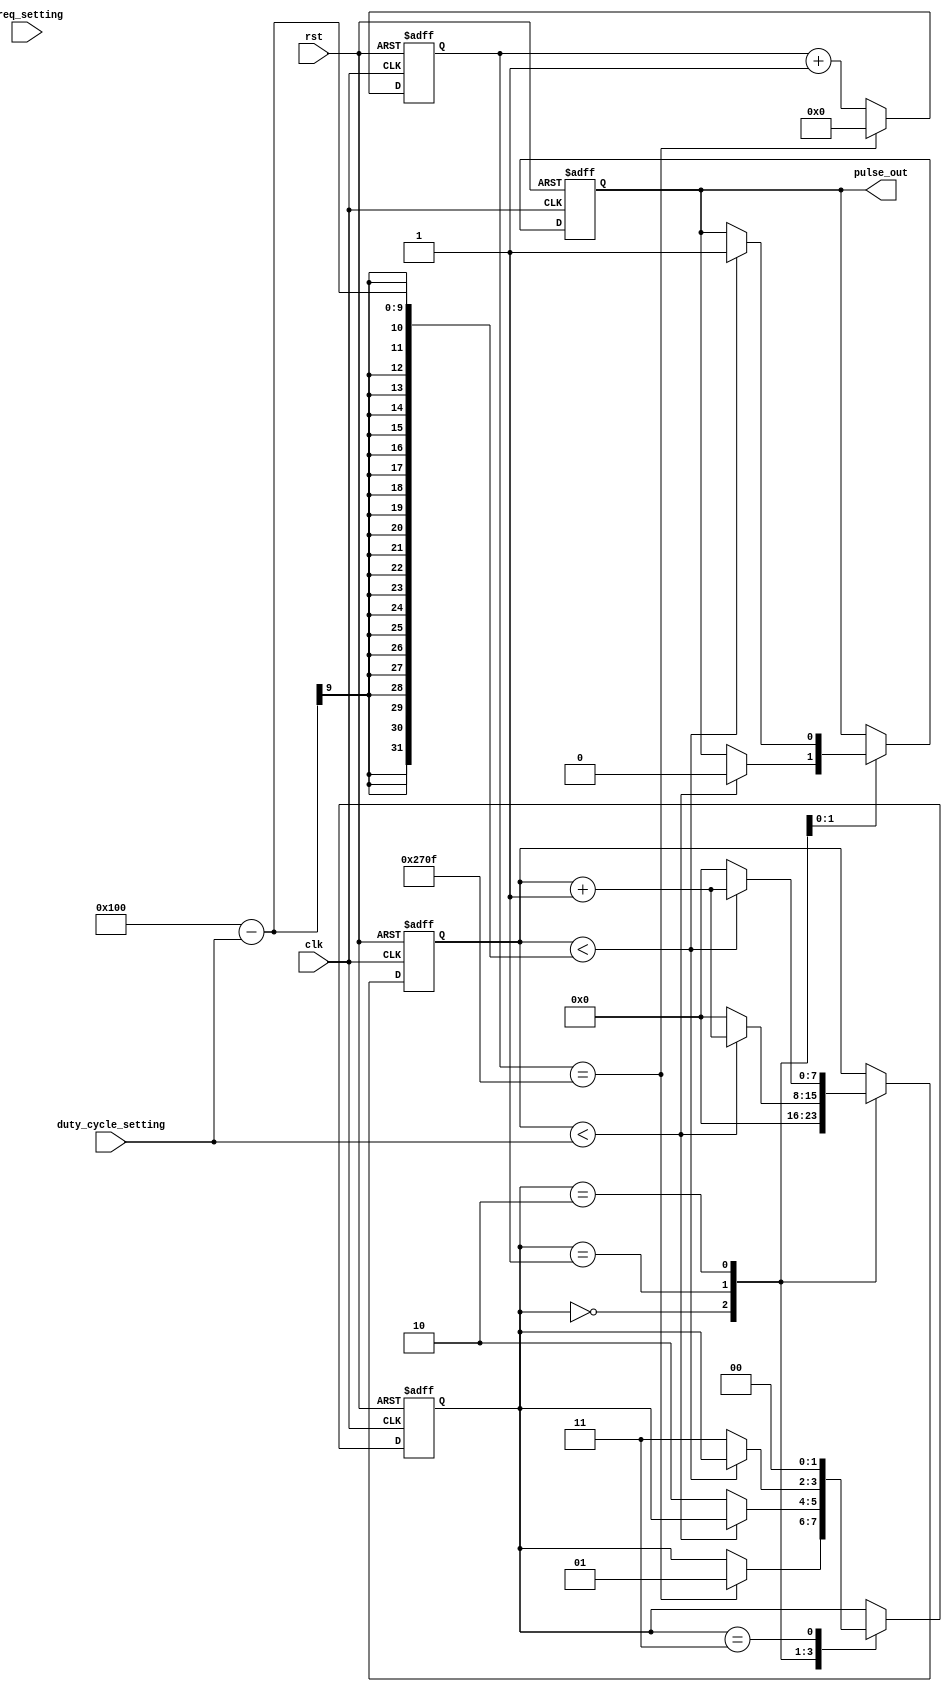
module PulseGenerator(
    input wire clk, // Clock input
    input wire rst, // Reset input
    input wire [7:0] freq_setting, // User-defined pulse frequency setting
    input wire [7:0] duty_cycle_setting, // User-defined duty cycle setting
    output reg pulse_out // Output pulse signal
);

// Clock frequency divider
reg [15:0] divider_counter;
parameter DIVIDER_VALUE = 10000; // Value to divide the clock frequency
always @(posedge clk or posedge rst)
begin
    if (rst) begin
        divider_counter <= 0;
    end else begin
        if (divider_counter == DIVIDER_VALUE - 1) begin
            divider_counter <= 0;
        end else begin
            divider_counter <= divider_counter + 1;
        end
    end
end

// Counter to keep track of the number of pulses generated
reg [7:0] pulse_counter;

// State machine to ensure proper synchronization of pulses
reg [1:0] state = 2'b00;
parameter STATE_IDLE = 2'b00;
parameter STATE_LOW = 2'b01;
parameter STATE_HIGH = 2'b10;
parameter STATE_HIGH_FINAL = 2'b11;

always @(posedge clk or posedge rst)
begin
    if (rst) begin
        pulse_counter <= 0;
        state <= STATE_IDLE;
        pulse_out <= 0;
    end else begin
        case(state)
            STATE_IDLE: begin
                pulse_counter <= 0;
                if (divider_counter == DIVIDER_VALUE - 1) begin
                    state <= STATE_LOW;
                end
            end
            STATE_LOW: begin
                if (pulse_counter < duty_cycle_setting) begin
                    pulse_out <= 0;
                    pulse_counter <= pulse_counter + 1;
                end else begin
                    pulse_counter <= 0;
                    state <= STATE_HIGH;
                end
            end
            STATE_HIGH: begin
                if (pulse_counter < (256 - duty_cycle_setting)) begin
                    pulse_out <= 1;
                    pulse_counter <= pulse_counter + 1;
                end else begin
                    pulse_counter <= 0;
                    state <= STATE_HIGH_FINAL;
                end
            end
            STATE_HIGH_FINAL: begin
                state <= STATE_IDLE;
            end
        endcase
    end
end

endmodule